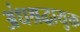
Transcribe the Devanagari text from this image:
अंधश्रद्धायुक्त